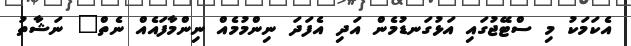
އެކަމަކު މި ސްޓޭޖުގައި އަޅުގަނޑުމެން އަދި އެފަދަ ނިންމުމެއް ނިންމާފައެއް ނެތް" ނަޝާތު